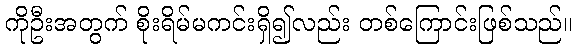
ကိုဦးအတွက် စိုးရိမ်မကင်းရှိ၍လည်း တစ်ကြောင်းဖြစ်သည်။